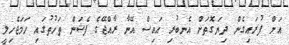
އަށް ފުރައިގެން ދިޔަގޮތަށް އެނބުރި އައިސް އޭނާ ރާއްޖޭގެ ފެޝަން ތަހުތުގައި ހަމަޖެހިލީ